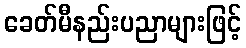
ခေတ်မီနည်းပညာများဖြင့်